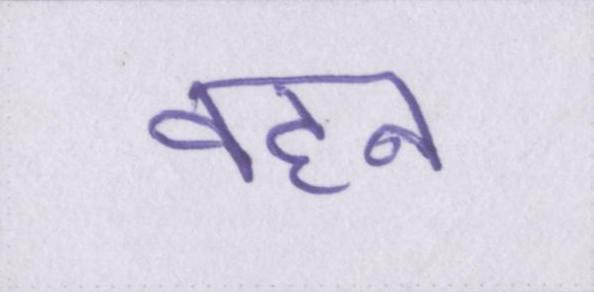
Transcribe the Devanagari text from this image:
वहन